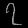
Digit: ၇